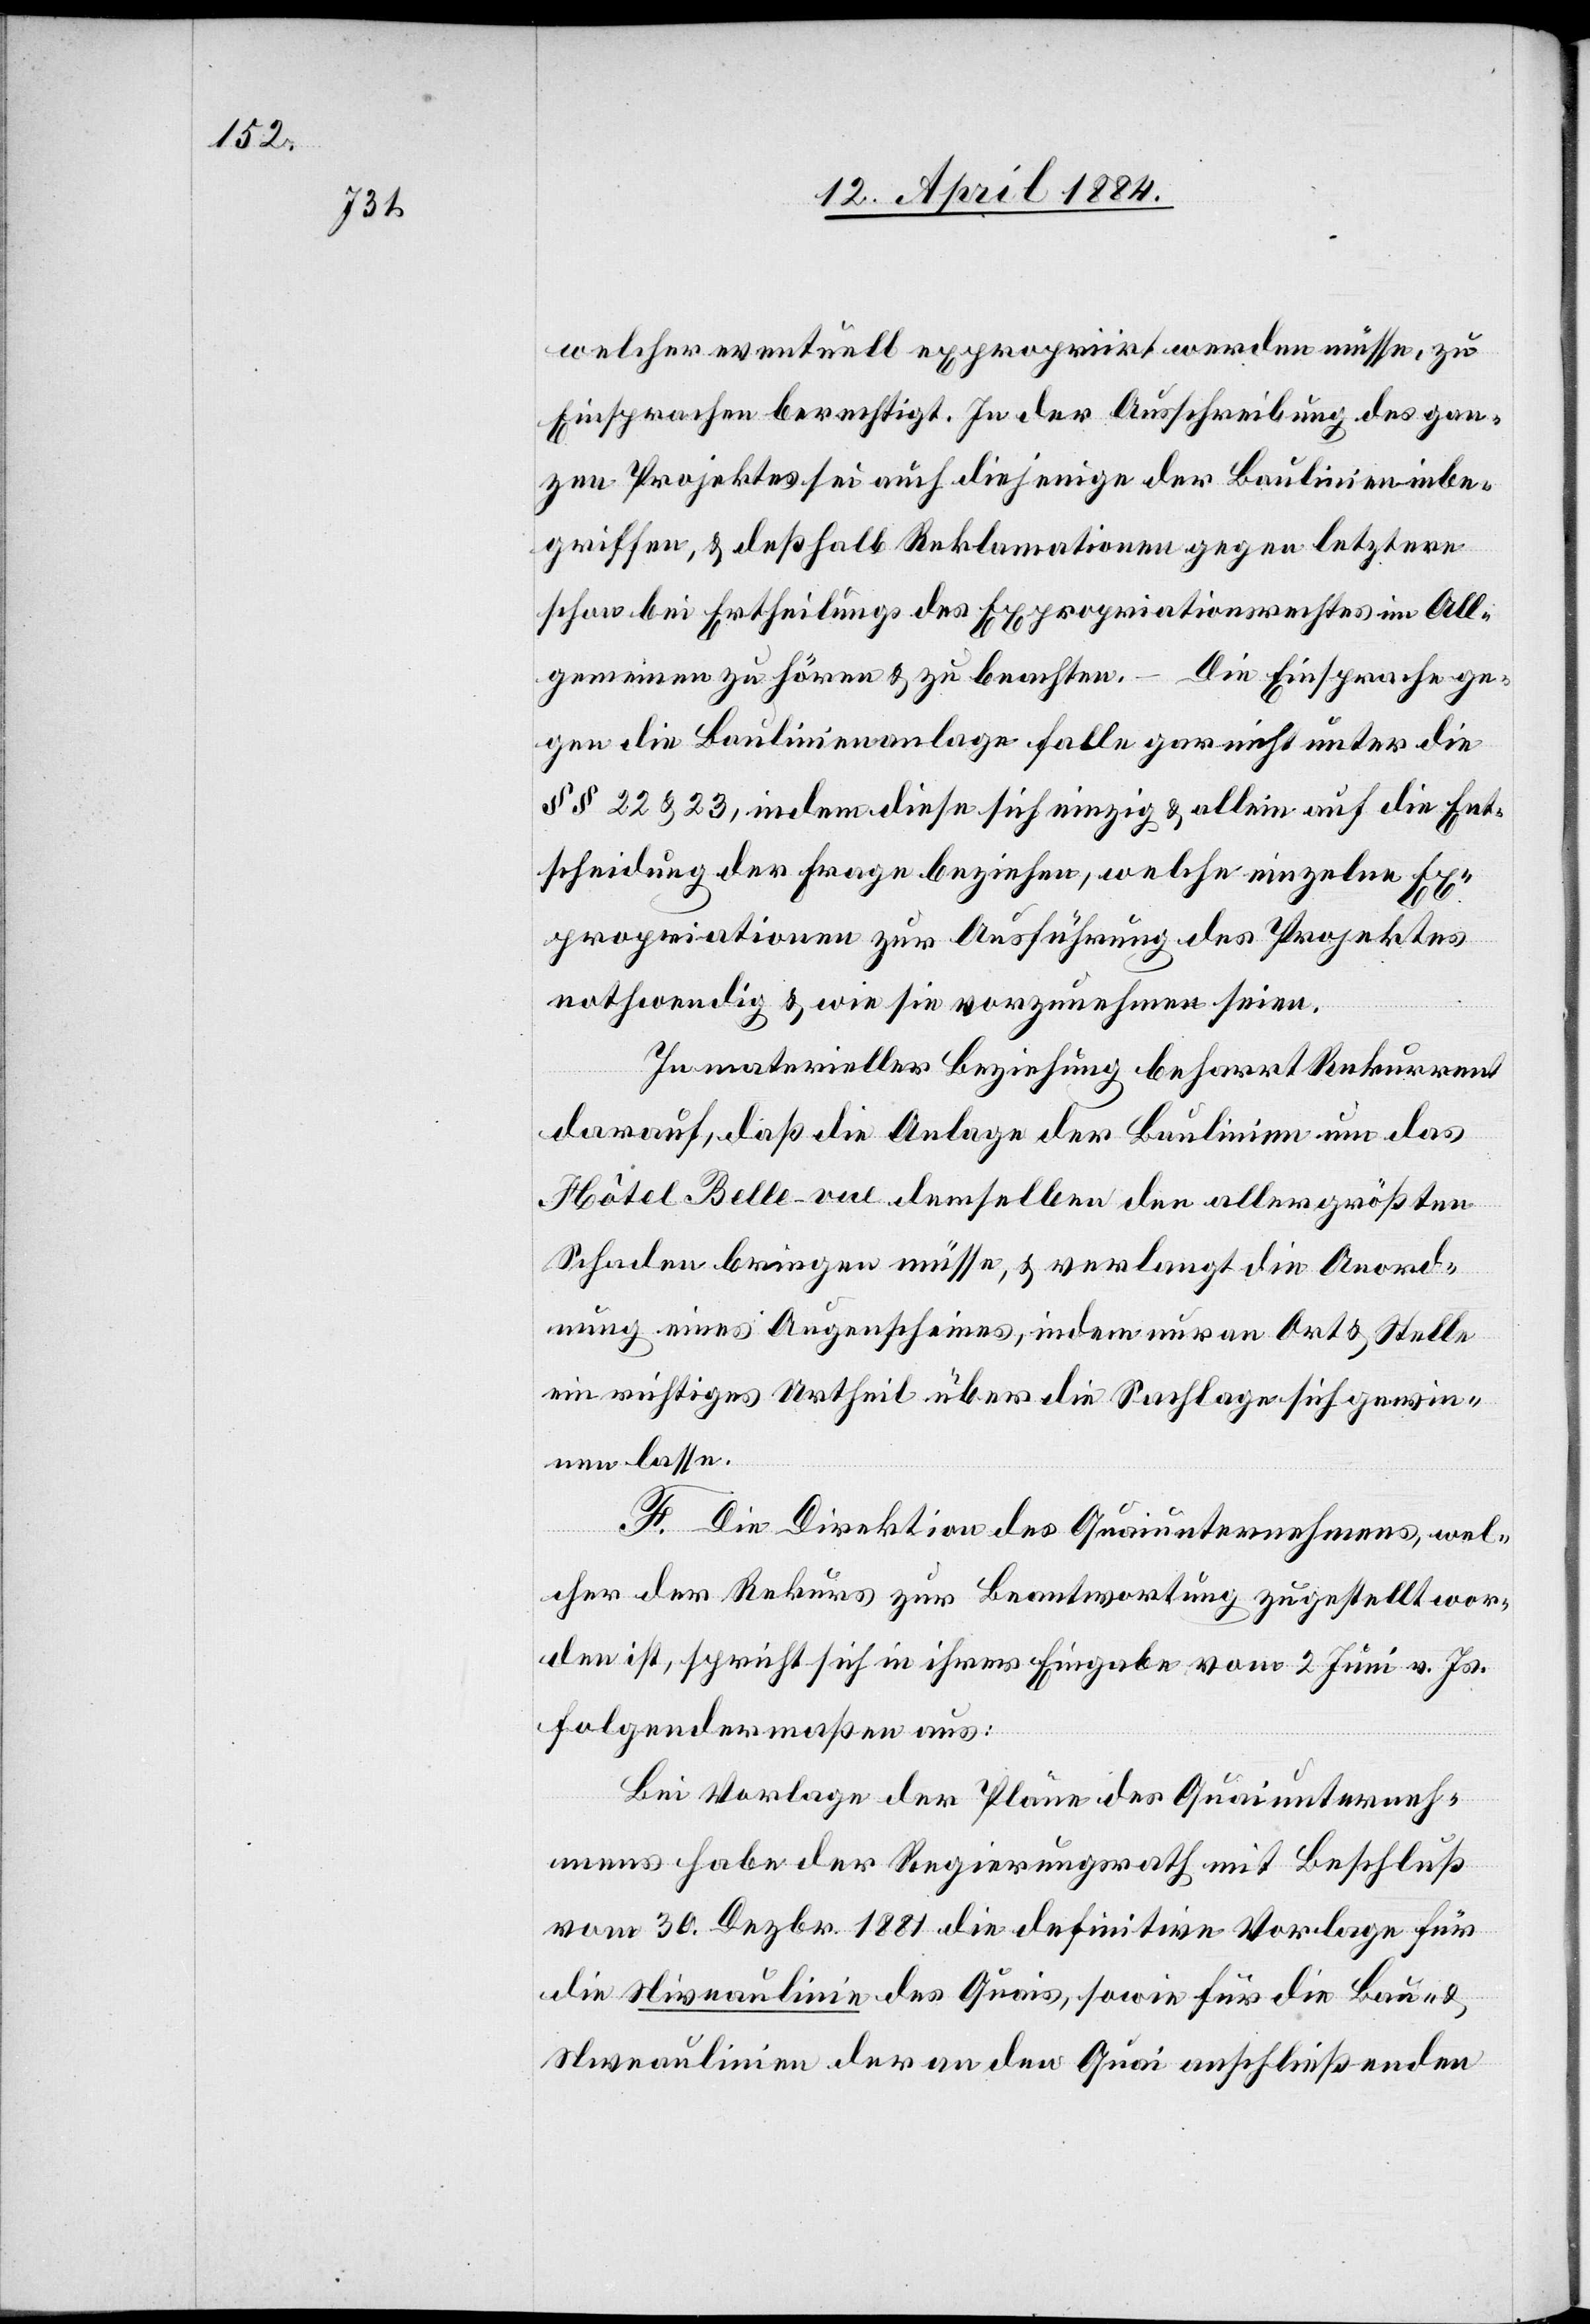
welcher eventuell expropriirt werden müsse, zu
Einsprachen berechtigt. In der Ausschreibung des gan¬
zen Projektes sei auch diejenige der Baulinie inbe¬
griffen, & deßhalb Reklamationen gegen letztere
schon bei Ertheilung des Expropriationsrechtes im All¬
gemeinen zu hören & zu beachten. Die Einsprache ge¬
gen die Baulinienanlage falle gar nicht unter die
§§ 22 & 23, indem diese sich einzig & allein auf die Ent¬
scheidung der Frage beziehen, welche einzelne Ex¬
propriationen zur Ausführung des Projektes
nothwendig & wie sie vorzunehmen seien.
In materieller Beziehung beharrt Rekurrent
darauf, daß die Anlage der Baulinien um das
Hôtel Belle-vue demselben den allergrößten
Schaden bringen müsse, &verlangt die Anord¬
nung eines Augenscheines, indem nur an Ort & Stelle
ein richtiges Urtheil über die Sachlage sich gewin¬
nen lasse.
F. Die Direktion des Quaiunternehmens, wel¬
cher der Rekurs zur Beantwortung zugestellt wor¬
den ist, spricht sich in ihrer Eingabe vom 2. Juni v. Js.
folgendermaßen aus:
Bei Vorlage der Pläne des Quaiunterneh¬
mens habe der Regierungsrath mit Beschluß
vom 30. Dezbr. 1881 die definitive Vorlage für
die Niveaulinie des Quais, sowie für die Bau- &
Niveaulinien der an den Quai anschließenden